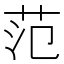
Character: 范